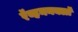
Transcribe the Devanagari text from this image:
रॅव्हननक्लॉ